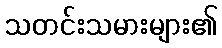
သတင်းသမားများ၏